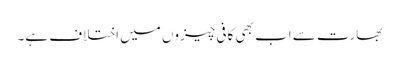
بھارت سے اب بھی کافی چیزوں میں اختلاف ہے۔